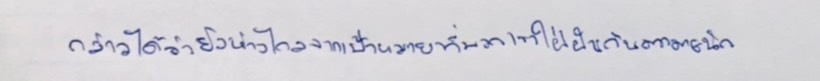
กล่าวได้ว่ายังห่างไกลจากเป้าหมายที่พวกเขาใฝ่ฝันกันมากมายนัก